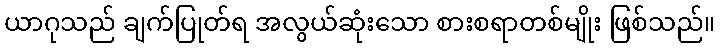
ယာဂုသည် ချက်ပြုတ်ရ အလွယ်ဆုံးသော စားစရာတစ်မျိုး ဖြစ်သည်။